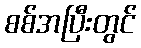
စစ်အပြီးတွင်